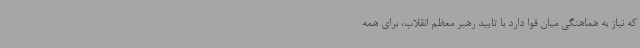
که نیاز به هماهنگی میان قوا دارد با تایید رهبر معظم انقلاب، برای همه